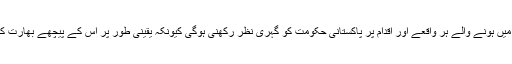
لہٰذا اس علاقے میں ہونے والے ہر واقعے اور اقدام پر پاکستانی حکومت کو گہری نظر رکھنی ہوگی کیونکہ یقینی طور پر اس کے پیچھے بھارت کی سازش ہوگی۔